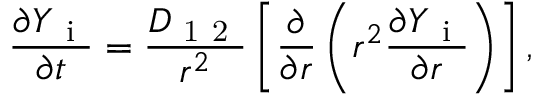
\frac { \partial Y _ { \mathrm { ~ i ~ } } } { \partial t } = \frac { D _ { \mathrm { ~ 1 ~ 2 ~ } } } { r ^ { 2 } } \left[ \frac { \partial } { \partial r } \left( r ^ { 2 } \frac { \partial Y _ { \mathrm { ~ i ~ } } } { \partial r } \right) \right] ,